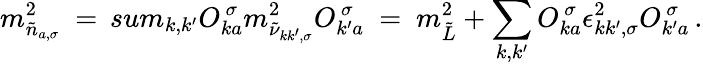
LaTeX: m_{\tilde{n}_{a,\sigma}}^{2}\ =\, sum_{k,k^{\prime}}O_{ka}^{\, \sigma}m_{\tilde{\nu}_{kk^{\prime},\sigma}}^{2}O_{k^{\prime}a}^{\, \sigma}\ =\ m_{\tilde{L}}^{2}+\sum_{k,k^{\prime}}O_{ka}^{\, \sigma}\epsilon_{kk^{\prime},\sigma}^{2}O_{k^{\prime}a}^{\, \sigma}\, .